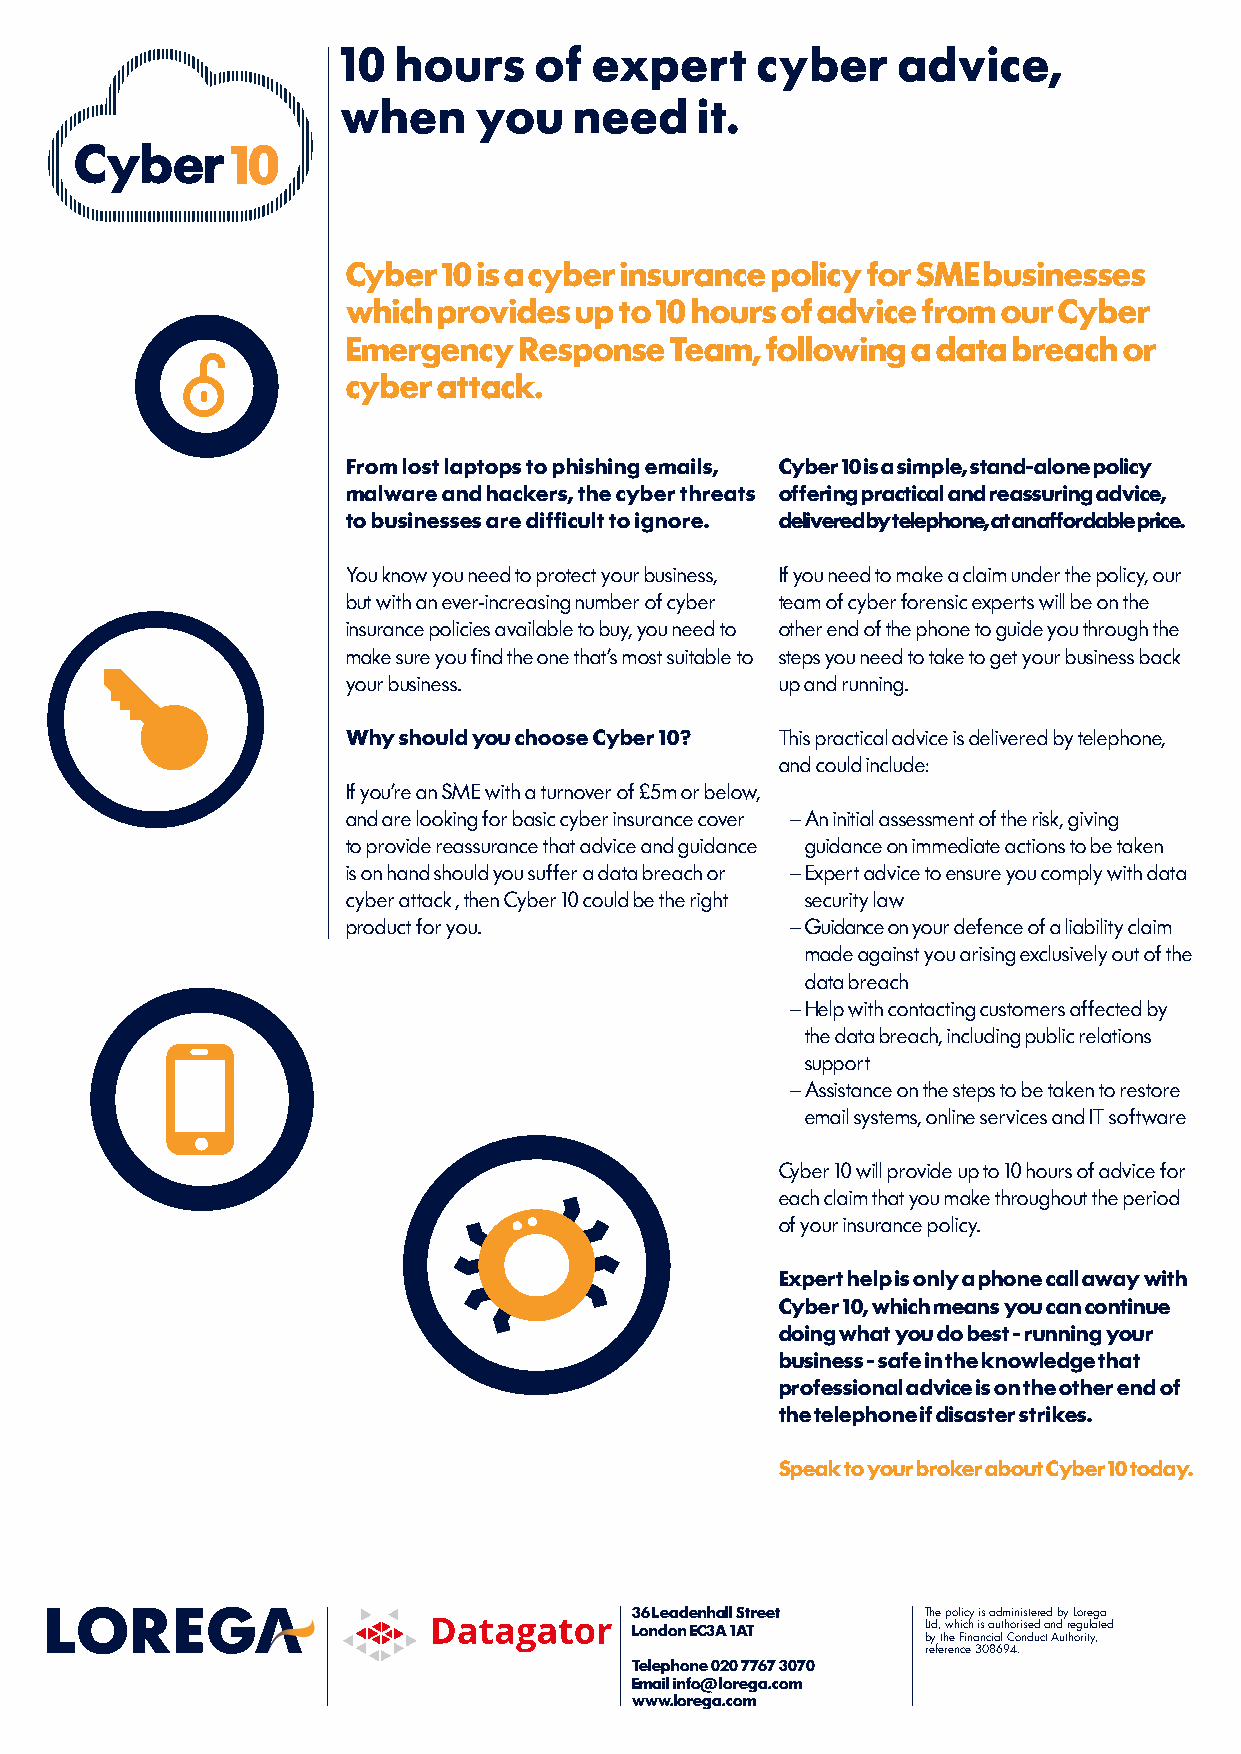
10 hours    of  expert     cyber    advice,
 when    you    need    it.
 10
 Cyber 10 is a cyber insurance policy for SME businesses
 which provides up to 10 hours of advice from our Cyber
 Emergency  Response  Team,  following a data breach or
 cyber attack.
 From lost laptops to phishing emails, Cyber 10 is a simple, stand-alone policy
 malware and hackers, the cyber threats offering practical and reassuring advice,
 to businesses are difficult to ignore. delivered by telephone, at an affordable price.
 You know you need to protect your business, If you need to make a claim under the policy, our
 but with an ever-increasing number of cyber team of cyber forensic experts will be on the
 insurance policies available to buy, you need to other end of the phone to guide you through the
 make sure you find the one that’s most suitable to steps you need to take to get your business back
 your business.               up and running.
 Why should you choose Cyber 10? This practical advice is delivered by telephone,
 and could include:
 If you’re an SME with a turnover of £5m or below,
 and are looking for basic cyber insurance cover — A n initial assessment of the risk, giving
 to provide reassurance that advice and guidance guidance on immediate actions to be taken
 is on hand should you suffer a data breach or — E xpert advice to ensure you comply with data
 cyber attack , then Cyber 10 could be the right security law
 product for you.             — Guidance on your defence of a liability claim
 made against you arising exclusively out of the
 data breach
 — H elp with contacting customers affected by
 the data breach, including public relations
 support
 — A ssistance on the steps to be taken to restore
 email systems, online services and IT software
 Cyber 10 will provide up to 10 hours of advice for
 each claim that you make throughout the period
 of your insurance policy.
 Expert help is only a phone call away with
 Cyber 10, which means you can continue
 doing what you do best - running your
 business - safe in the knowledge that
 professional advice is on the other end of
 the telephone if disaster strikes.
 Speak to your broker about Cyber 10 today.
 36 Leadenhall Street The policy is administered by Lorega
 London EC3A 1AT    Ltd, which is authorised and regulated
 by the Financial Conduct Authority,
 reference 308694.
 Telephone 020 7767 3070
 Email info@lorega.com
 www.lorega.com